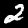
Label: 2